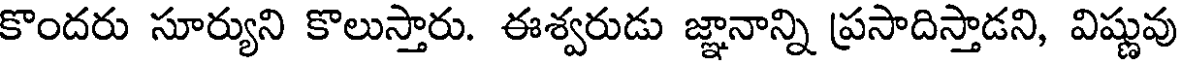
కొందరు సూర్యుని కొలుస్తారు. ఈశ్వరుడు జ్ఞానాన్ని ప్రసాదిస్తాడని, విష్ణువు